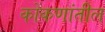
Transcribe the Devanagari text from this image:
कोंकणांतील